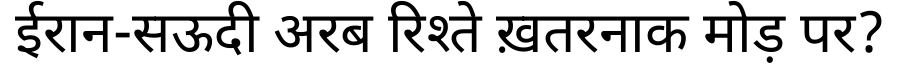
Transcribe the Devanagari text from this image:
ईरान-सऊदी अरब रिश्ते ख़तरनाक मोड़ पर?